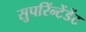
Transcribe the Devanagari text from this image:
सुपरिंन्टेंडेंट